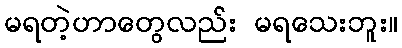
မရတဲ့ဟာတွေလည်း မရသေးဘူး။